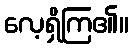
လေ့ရှိကြ၏။